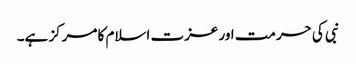
نبی کی حرمت اور عزت اسلام کا مرکز ہے۔